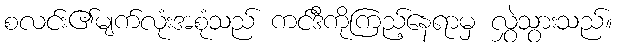
စလင်း၏မျက်လုံးအစုံသည် ကင်ဒီကိုကြည့်နေရာမှ လွှဲသွားသည်။